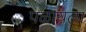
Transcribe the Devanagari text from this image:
पळायला